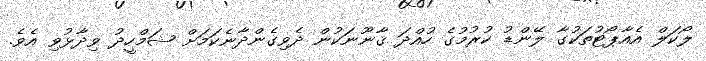
ލޯކަލް އެއާޕޯޓުތަކުގާ ލޭންޑު ކުރުމުގެ ހުއްދަ ޤާނޫނަކުން ދެވިގެންދާނެކަމަށް ޝަމްހީދު ވިދާޅުވި އެވެ.